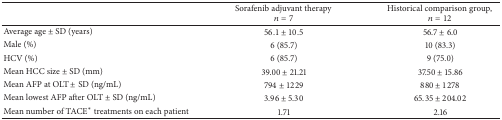
|  | Sorafenib adjuvant therapy n = 7 | Historical comparison group, n = 12 |
 | --- | --- | --- |
 | Average age ± SD (years) | 56.1 ± 10.5 | 56.7 ± 6.0 |
 | Male (%) | 6 (85.7) | 10 (83.3) |
 | HCV (%) | 6 (85.7) | 9 (75.0) |
 | Mean HCC size ± SD (mm) | 39.00 ± 21.21 | 37.50 ± 15.86 |
 | Mean AFP at OLT ± SD (ng/mL) | 794 ± 1229 | 880 ± 1278 |
 | Mean lowest AFP after OLT ± SD (ng/mL) | 3.96 ± 5.30 | 65.35 ± 204.02 |
 | Mean number of TACE* treatments on each patient | 1.71 | 2.16 |